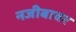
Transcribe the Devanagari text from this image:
नजीबावर